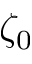
\zeta _ { 0 }